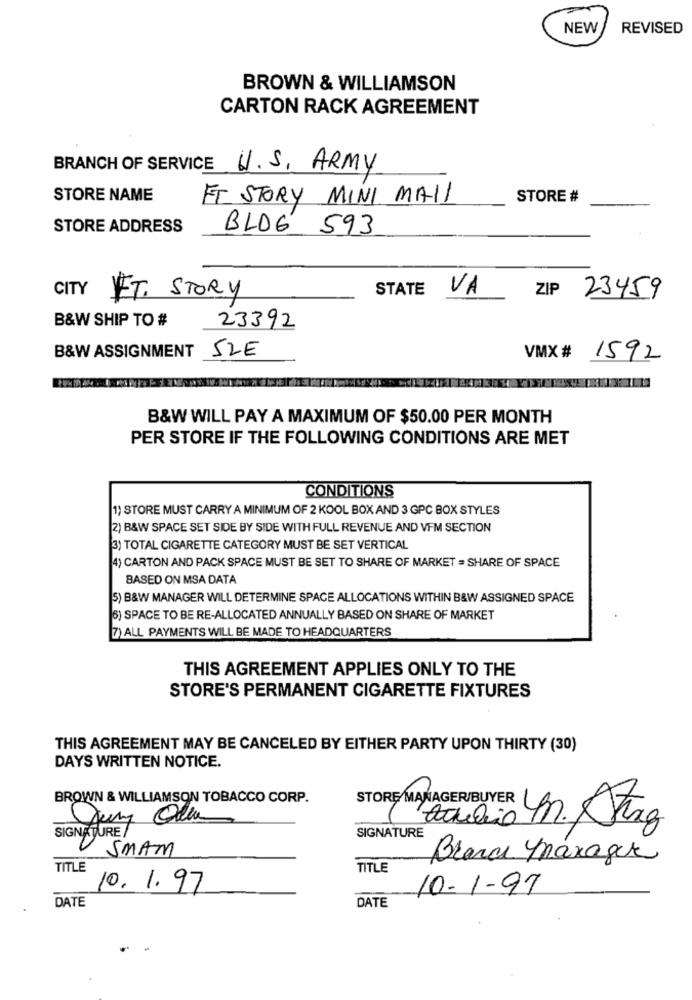
NEW
REVISED
BROWN & WILLIAMSON
CARTON RACK AGREEMENT
BRANCH OF SERVICE
U.S. ARMY
STORE NAME
ET STORY MINI MAIL
STORE #
STORE ADDRESS
BLOG 593
CITY
STATE
VA
ZIP
FT. STORY
23459
B&W SHIP TO #
23392
B&W ASSIGNMENT
52E
VMX # 1592
B&W WILL PAY A MAXIMUM OF $50.00 PER MONTH
PER STORE IF THE FOLLOWING CONDITIONS ARE MET
CONDITIONS
1) STORE MUST CARRY A MINIMUM OF 2 KOOL BOX AND 3 GPC BOX STYLES
2) B&W SPACE SET SIDE BY SIDE WITH FULL REVENUE AND VEM SECTION
3) TOTAL CIGARETTE CATEGORY MUST BE SET VERTICAL
4) CARTON AND PACK SPACE MUST BE SET TO SHARE OF MARKET = SHARE OF SPACE
BASED ON MSA DATA
5) B&W MANAGER WILL DETERMINE SPACE ALLOCATIONS WITHIN B&W ASSIGNED SPACE
6) SPACE TO BE RE-ALLOCATED ANNUALLY BASED ON SHARE OF MARKET
7) ALL PAYMENTS WILL BE MADE TO HEADQUARTERS
THIS AGREEMENT APPLIES ONLY TO THE
STORE'S PERMANENT CIGARETTE FIXTURES
THIS AGREEMENT MAY BE CANCELED BY EITHER PARTY UPON THIRTY (30)
DAYS WRITTEN NOTICE.
BROWN & WILLIAMSON TOBACCO CORP.
SIGNATURE
STORE NO chili Un. Sanz
SMAM
Branch Manager
TITLE
TITLE
10. 1.97
10- 1-97
DATE
DATE